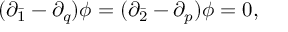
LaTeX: ( \partial _ { \bar { 1 } } - \partial _ { q } ) \phi = ( \partial _ { \bar { 2 } } - \partial _ { p } ) \phi = 0 ,